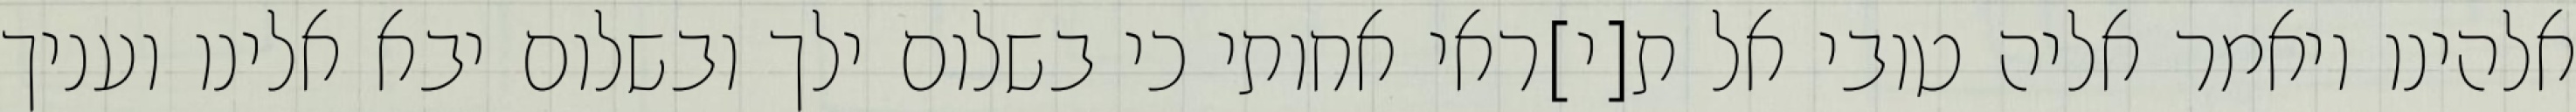
אלהינו ויאמר אליה טובי אל ת[י]ראי אחותי כי בשלום ילך ובשלום יבא אלינו ועניך